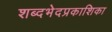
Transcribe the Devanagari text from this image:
शब्दभेदप्रकाशिका